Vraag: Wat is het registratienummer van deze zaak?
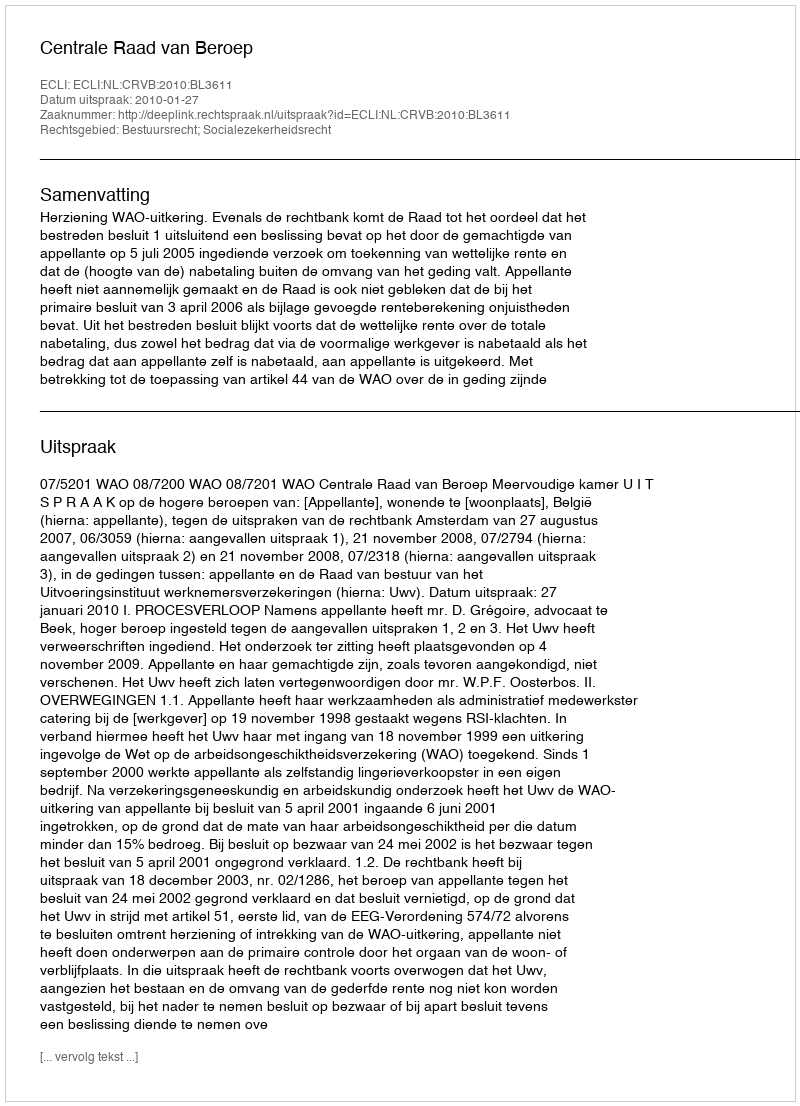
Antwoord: http://deeplink.rechtspraak.nl/uitspraak?id=ECLI:NL:CRVB:2010:BL3611